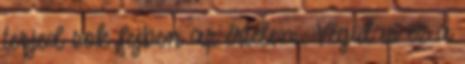
terjed sok fejben az értelem. Végül is ez a